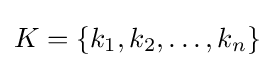
K=\{k_{1},k_{2},\dots ,k_{n}\}